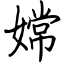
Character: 嫦